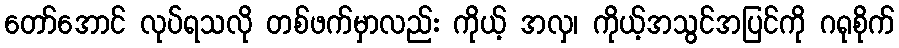
တော်အောင် လုပ်ရသလို တစ်ဖက်မှာလည်း ကိုယ့် အလှ၊ ကိုယ့်အသွင်အပြင်ကို ဂရုစိုက်